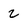
Character: 2